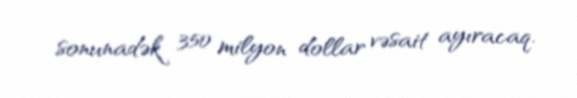
sonunadək 350 milyon dollar vəsait ayıracaq.